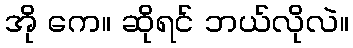
အို ကေ။ ဆိုရင် ဘယ်လိုလဲ။